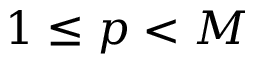
1 \leq p < M